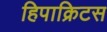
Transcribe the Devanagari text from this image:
हिपाक्रिटस